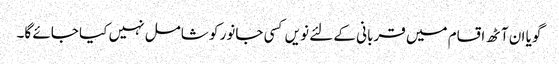
گویا ان آٹھ اقسام میں قربانی کے لئے نویں کسی جانور کو شامل نہیں کیا جائے گا۔